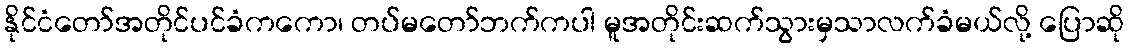
နိုင်ငံတော်အတိုင်ပင်ခံကကော၊ တပ်မတော်ဘက်ကပါ မူအတိုင်းဆက်သွားမှသာလက်ခံမယ်လို့ ပြောဆို